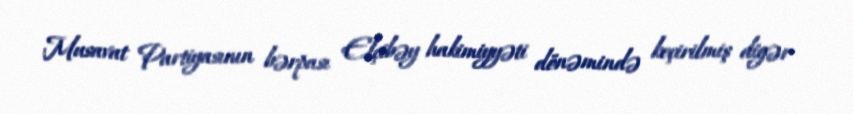
Musavat Partiyasının bərpası Elçibəy hakimiyyəti dönəmində keçirilmiş digər